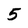
Character: 5